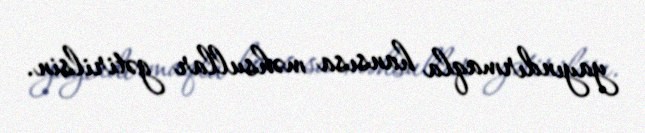
yayındırmaqla hansısa məhsullar gətirilsin.